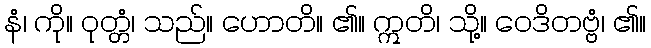
နံ၊ ကို။ ဝုတ္တံ၊ သည်။ ဟောတိ။ ၏။ ဣတိ၊ သို့။ ဝေဒိတဗ္ဗံ၊ ၏။